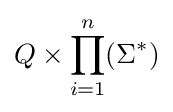
Q\times \prod _{i=1}^{n}(\Sigma ^{*})